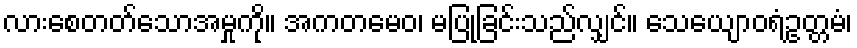
လားစေတတ်သောအမှုကို။ အကတမေဝ၊ မပြုခြင်းသည်လျှင်။ သေယျောဝရံဥတ္တမံ၊